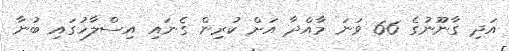
އަދި ގާނޫނުގެ 66 ވަނަ މާއްދާ އަށް ކުރިން ގެނައި އިސްލާހުގައި ބުނާ